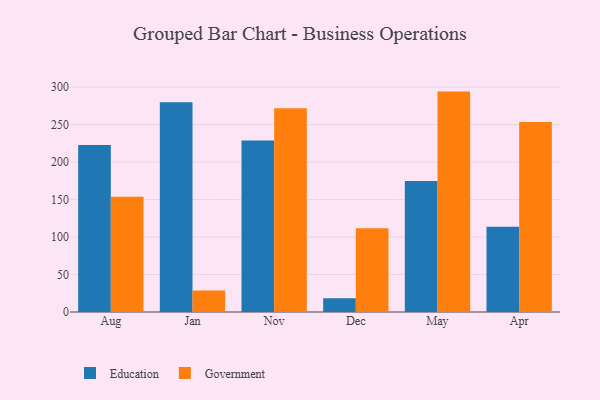
{"axis": {"x": "Month", "y": "Population (Million)"}, "legend": ["Education", "Government"], "data": [{"x": "Aug", "y": 222.7, "type": "Education"}, {"x": "Aug", "y": 153.8, "type": "Government"}, {"x": "Jan", "y": 279.9, "type": "Education"}, {"x": "Jan", "y": 28.8, "type": "Government"}, {"x": "Nov", "y": 228.7, "type": "Education"}, {"x": "Nov", "y": 271.8, "type": "Government"}, {"x": "Dec", "y": 18.3, "type": "Education"}, {"x": "Dec", "y": 111.9, "type": "Government"}, {"x": "May", "y": 174.7, "type": "Education"}, {"x": "May", "y": 294.1, "type": "Government"}, {"x": "Apr", "y": 113.9, "type": "Education"}, {"x": "Apr", "y": 253.5, "type": "Government"}]}